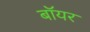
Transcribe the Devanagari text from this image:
बॉयर